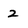
Character: 2